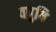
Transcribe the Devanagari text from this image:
वपुषि